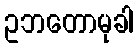
ဥဘတောမုခါ